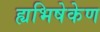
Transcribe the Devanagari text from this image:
ह्यभिषेकेण